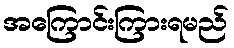
အကြောင်းကြားရမည်